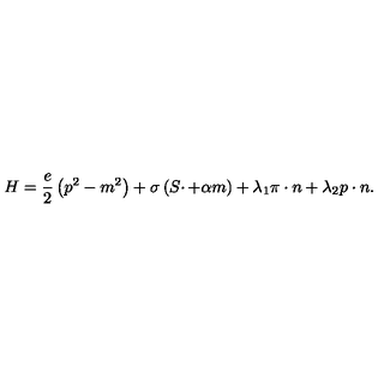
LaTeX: H = \frac e 2 \left( p ^ { 2 } - m ^ { 2 } \right) + \sigma \left( S \cdotp + \alpha m \right) + \lambda _ { 1 } \pi \cdot n + \lambda _ { 2 } p \cdot n .